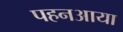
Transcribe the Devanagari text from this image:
पहनआया